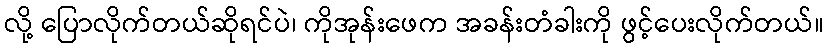
လို့ ပြောလိုက်တယ်ဆိုရင်ပဲ၊ ကိုအုန်းဖေက အခန်းတံခါးကို ဖွင့်ပေးလိုက်တယ်။